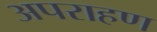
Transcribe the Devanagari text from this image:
अपराहण